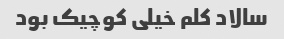
سالاد کلم خیلی کوچیک بود